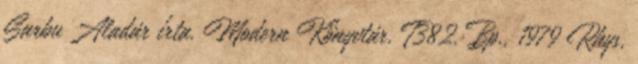
Sarbu Aladár írta. Modern Könyvtár. T382. Bp., 1979 Rhys,